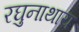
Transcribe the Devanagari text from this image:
रघुनाथाय